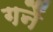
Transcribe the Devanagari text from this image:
गनैं